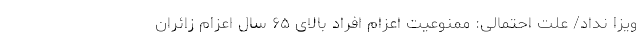
ویزا نداد/ علت احتمالی: ممنوعیت اعزام افراد بالای ۶۵ سال اعزام زائران